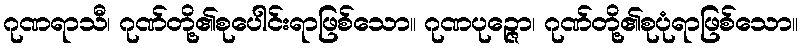
ဂုဏရာသီ၊ ဂုဏ်တို့၏စုပေါင်းရာဖြစ်သော။ ဂုဏပုဉ္ဇော၊ ဂုဏ်တို့၏စုပုံရာဖြစ်သော။